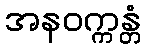
အနဝက္ကန္တံ